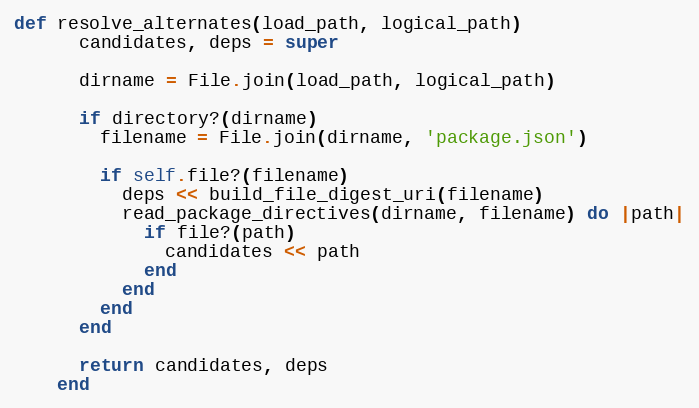
Language: Ruby
def resolve_alternates(load_path, logical_path)
      candidates, deps = super

      dirname = File.join(load_path, logical_path)

      if directory?(dirname)
        filename = File.join(dirname, 'package.json')

        if self.file?(filename)
          deps << build_file_digest_uri(filename)
          read_package_directives(dirname, filename) do |path|
            if file?(path)
              candidates << path
            end
          end
        end
      end

      return candidates, deps
    end